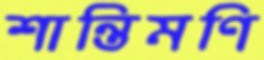
শান্তিমণি